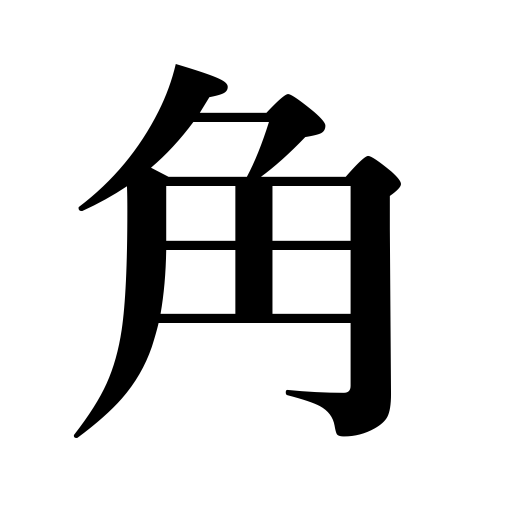
Meanings: squared timber,target,edge,feeler,angularity,harshness,square,corner,angle,horn,tentacle